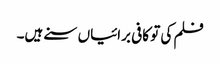
فلم کی تو کافی برائیاں سنے ہیں۔